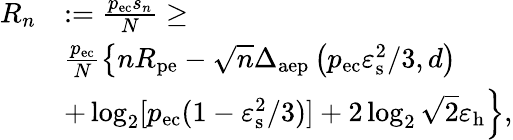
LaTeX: \begin{array}{rl}{R_{n}}&{:=\frac{p_{\mathrm{ec}}s_{n}}{N}\geq}\\ &{\frac{p_{\mathrm{ec}}}{N}\left\{ nR_{\mathrm{pe}}-\sqrt{n}\Delta_{\mathrm{aep}}\left(p_{\mathrm{ec}}\varepsilon_{\mathrm{s}}^{2}/3,d\right)\right.}\\ &{\left.+\log_{2}[p_{\mathrm{ec}}(1-\varepsilon_{\mathrm{s}}^{2}/3)]+2\log_{2}\sqrt{2}\varepsilon_{\mathrm{h}}\right\} ,}\end{array}